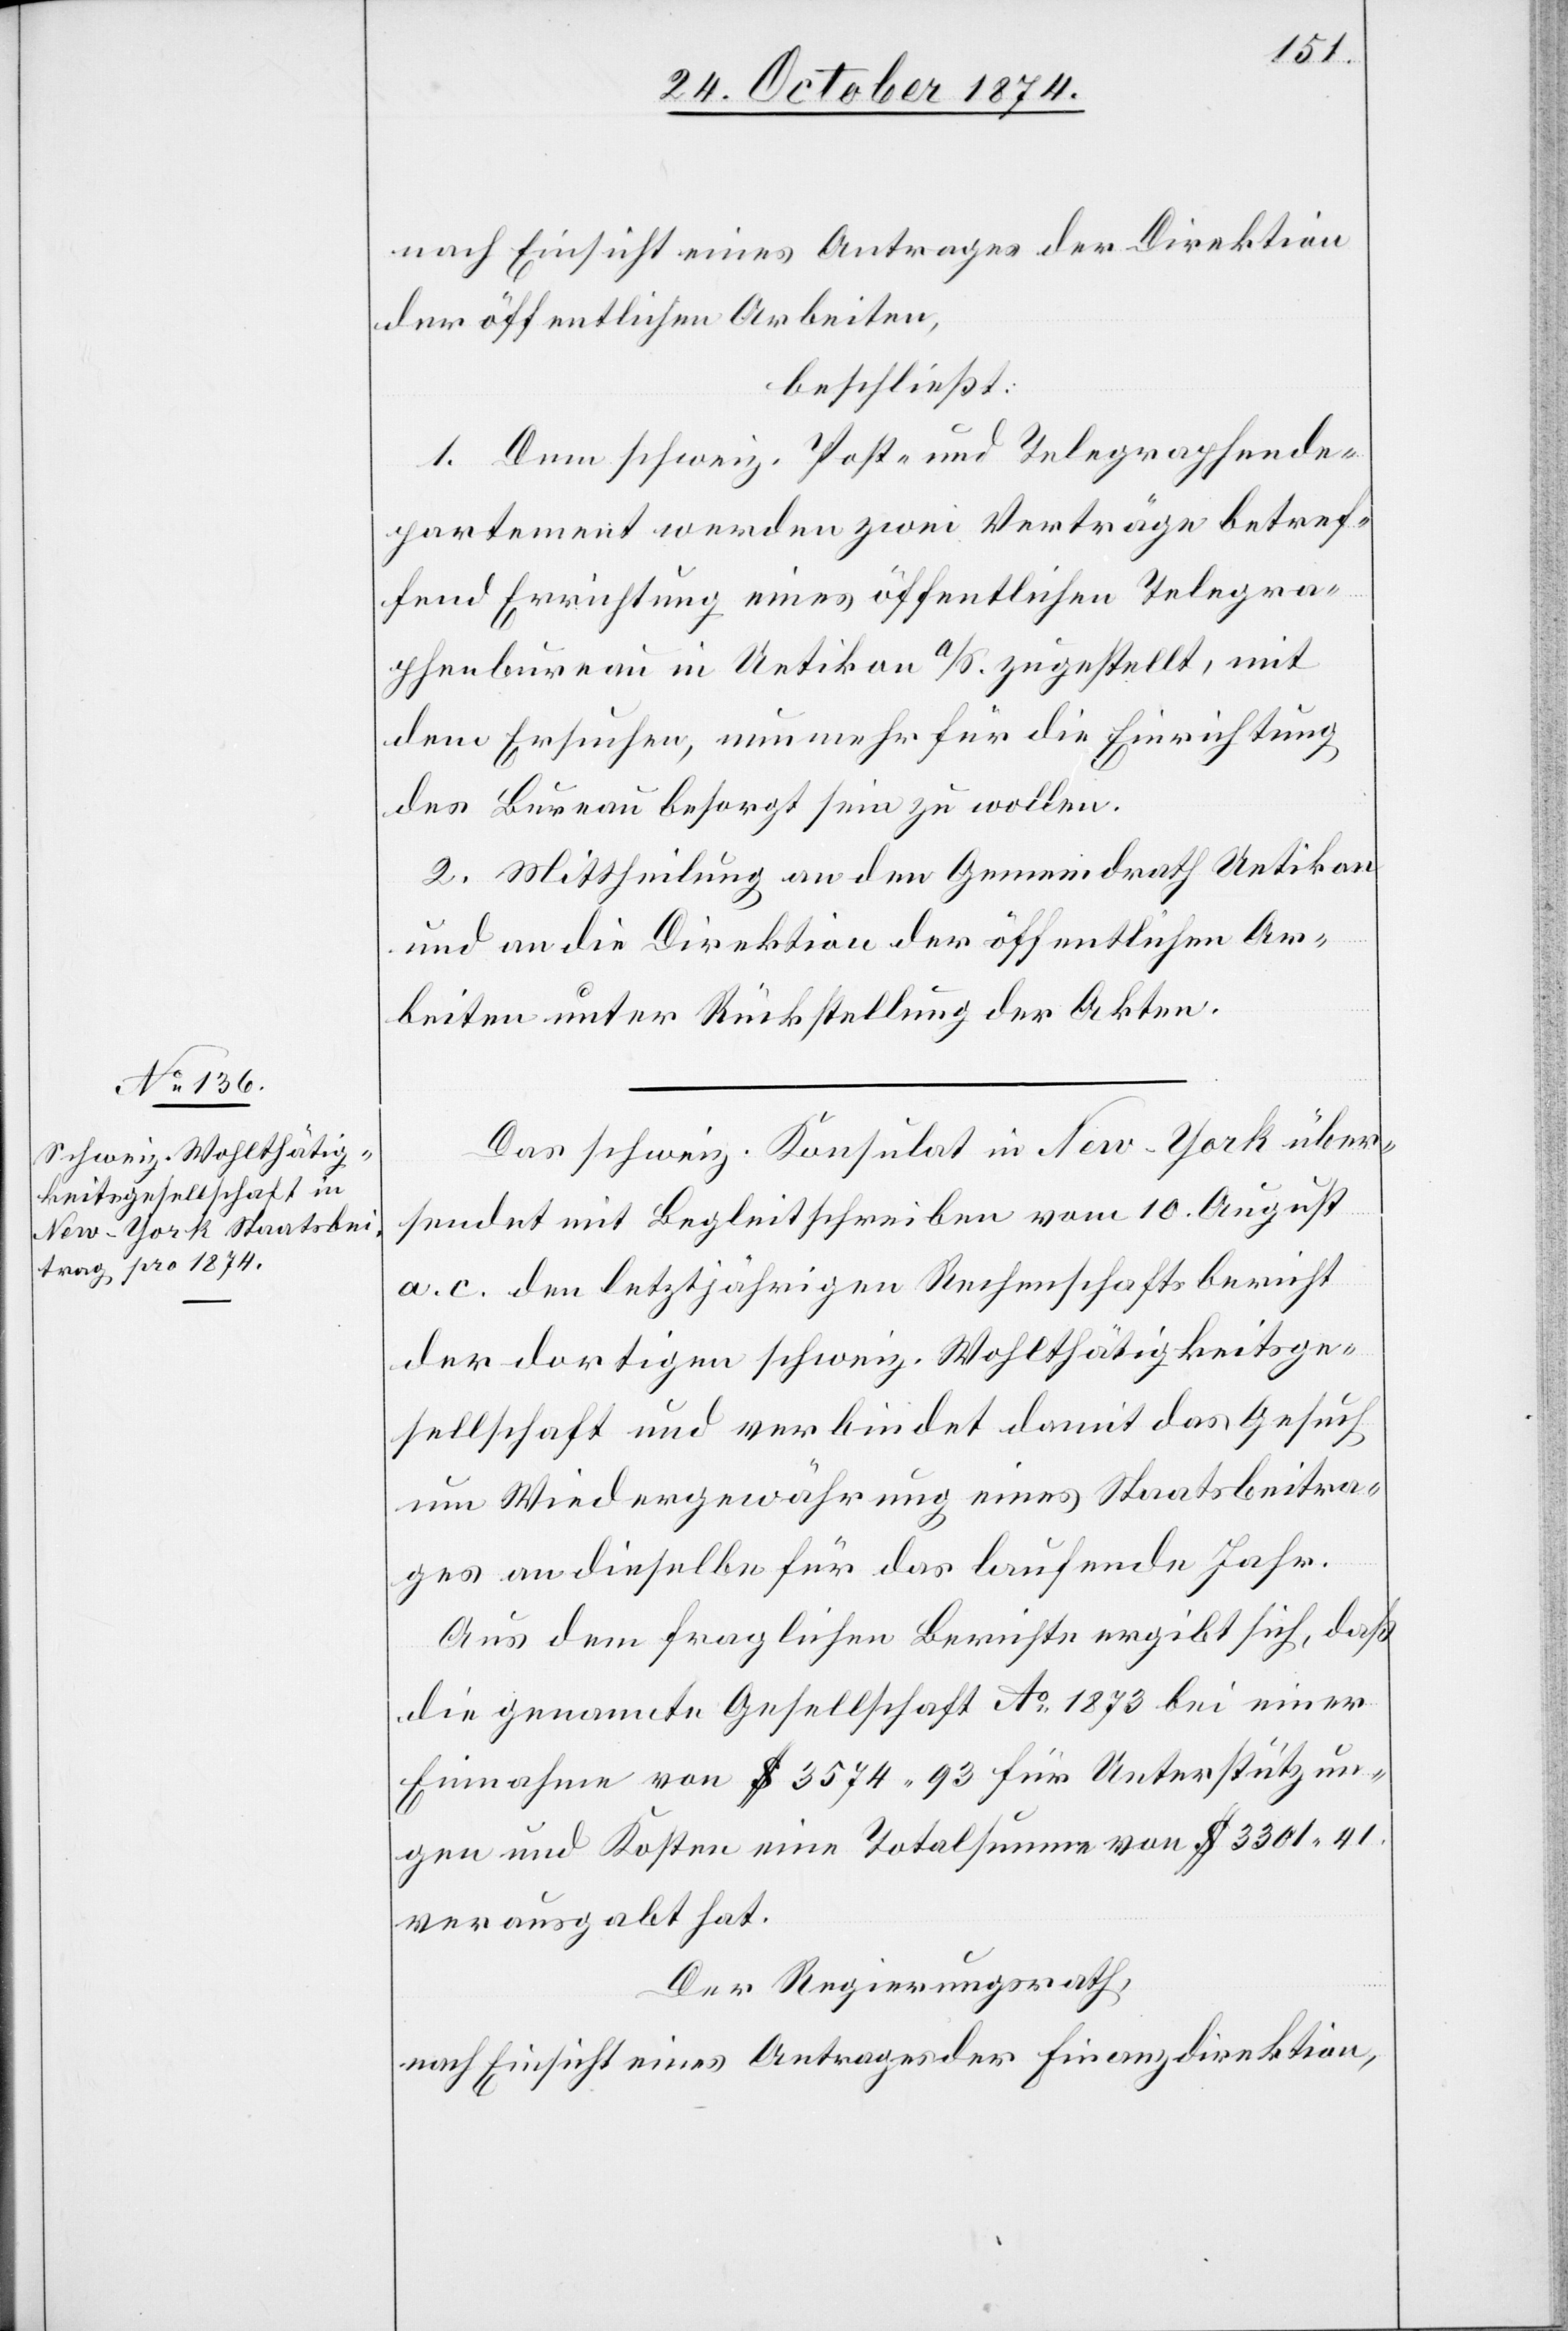
nach Einsicht eines Antrages der Direktion
der öffentlichen Arbeiten,
beschließt:
1. Dem schweiz. Post- und Telegraphende¬
partement werden zwei Verträge betref¬
fend Errichtung eines öffentlichen Telegra¬
phenbureau in Uetikon a/S. zugestellt, mit
dem Ersuchen, nunmehr für die Einrichtung
des Bureau besorgt sein zu wollen.
2. Mittheilung an den Gemeindrath Uetikon
und an die Direktion der öffentlichen Ar¬
beiten unter Rückstellung der Akten.
Das schweiz. Konsulat in New-York über¬
sendet mit Begleitschreiben vom 10. August
a. c. den letztjährigen Rechenschaftsbericht
der dortigen schweiz. Wohlthätigkeitsge¬
sellschaft und verbindet damit das Gesuch
um Wiedergewährung eines Staatsbeitra¬
ges an dieselbe für das laufende Jahr.
Aus dem fraglichen Berichte ergibt sich, daß
die genannte Gesellschaft Ao 1873 bei einer
Einnahme von $ 3574.93 für Unterstützun¬
gen und Kosten eine Totalsumme von $ 3301.41
verausgabt hat.
Der Regierungsrath,
nach Einsicht eines Antrages der Finanzdirektion,